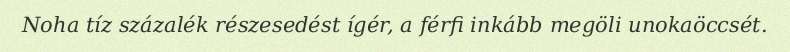
Noha tíz százalék részesedést ígér, a férfi inkább megöli unokaöccsét.